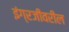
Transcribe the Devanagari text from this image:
इंग्रजीवरील